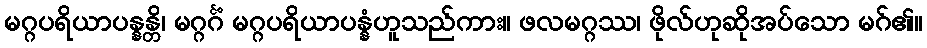
မဂ္ဂပရိယာပန္နန္တိ၊ မဂ္ဂင်္ဂံ မဂ္ဂပရိယာပန္နံဟူသည်ကား။ ဖလမဂ္ဂဿ၊ ဖိုလ်ဟုဆိုအပ်သော မဂ်၏။